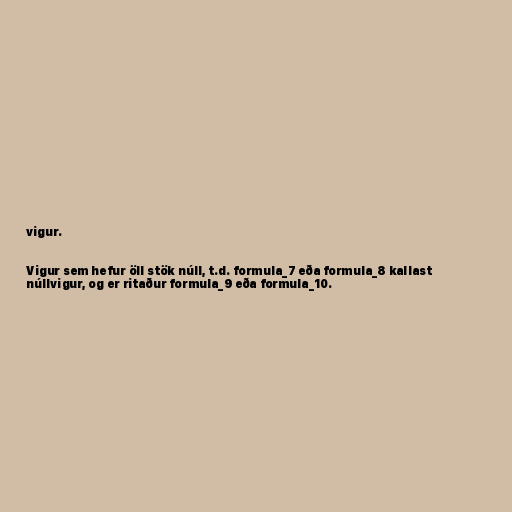
vigur.

Vigur sem hefur öll stök núll, t.d. formula_7 eða formula_8 kallast
núllvigur, og er ritaður formula_9 eða formula_10.